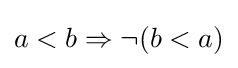
a<b\Rightarrow \lnot (b<a)